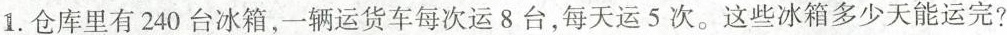
1.仓库里有240台冰箱，一辆运货车每次运8台，每天运5次。这些冰箱多少天能运完?